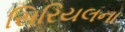
સિરિયલના